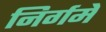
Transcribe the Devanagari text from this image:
निर्गमे